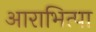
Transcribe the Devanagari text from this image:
आराभित्पा